Indian journal of veterinary science and animal husbandry - Volume 4,
Year: 1934
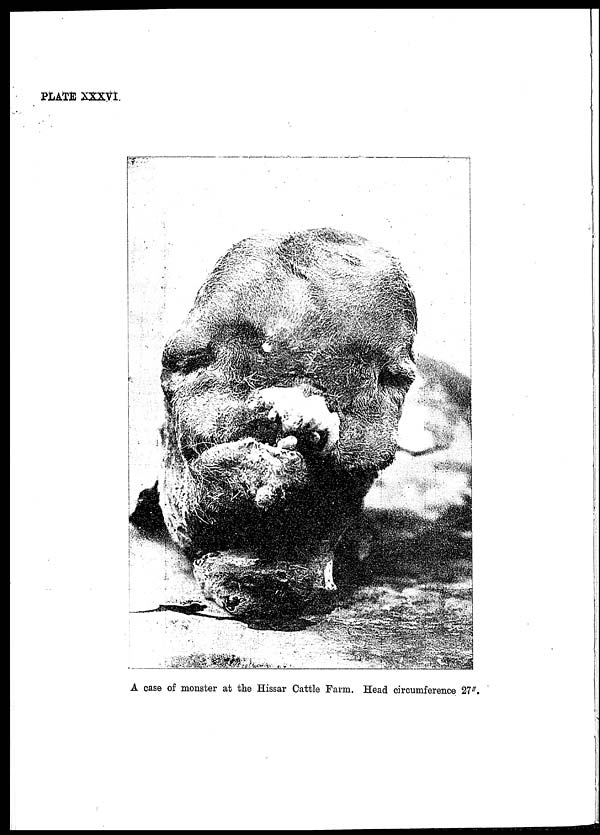
PLATE XXXVI
A case of monster at the Hissar Cattle Farm. Head circumference 27".